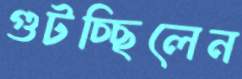
গুটচ্ছিলেন